Eesti_Vabariigi_Tartu_Ulikool, lk 22
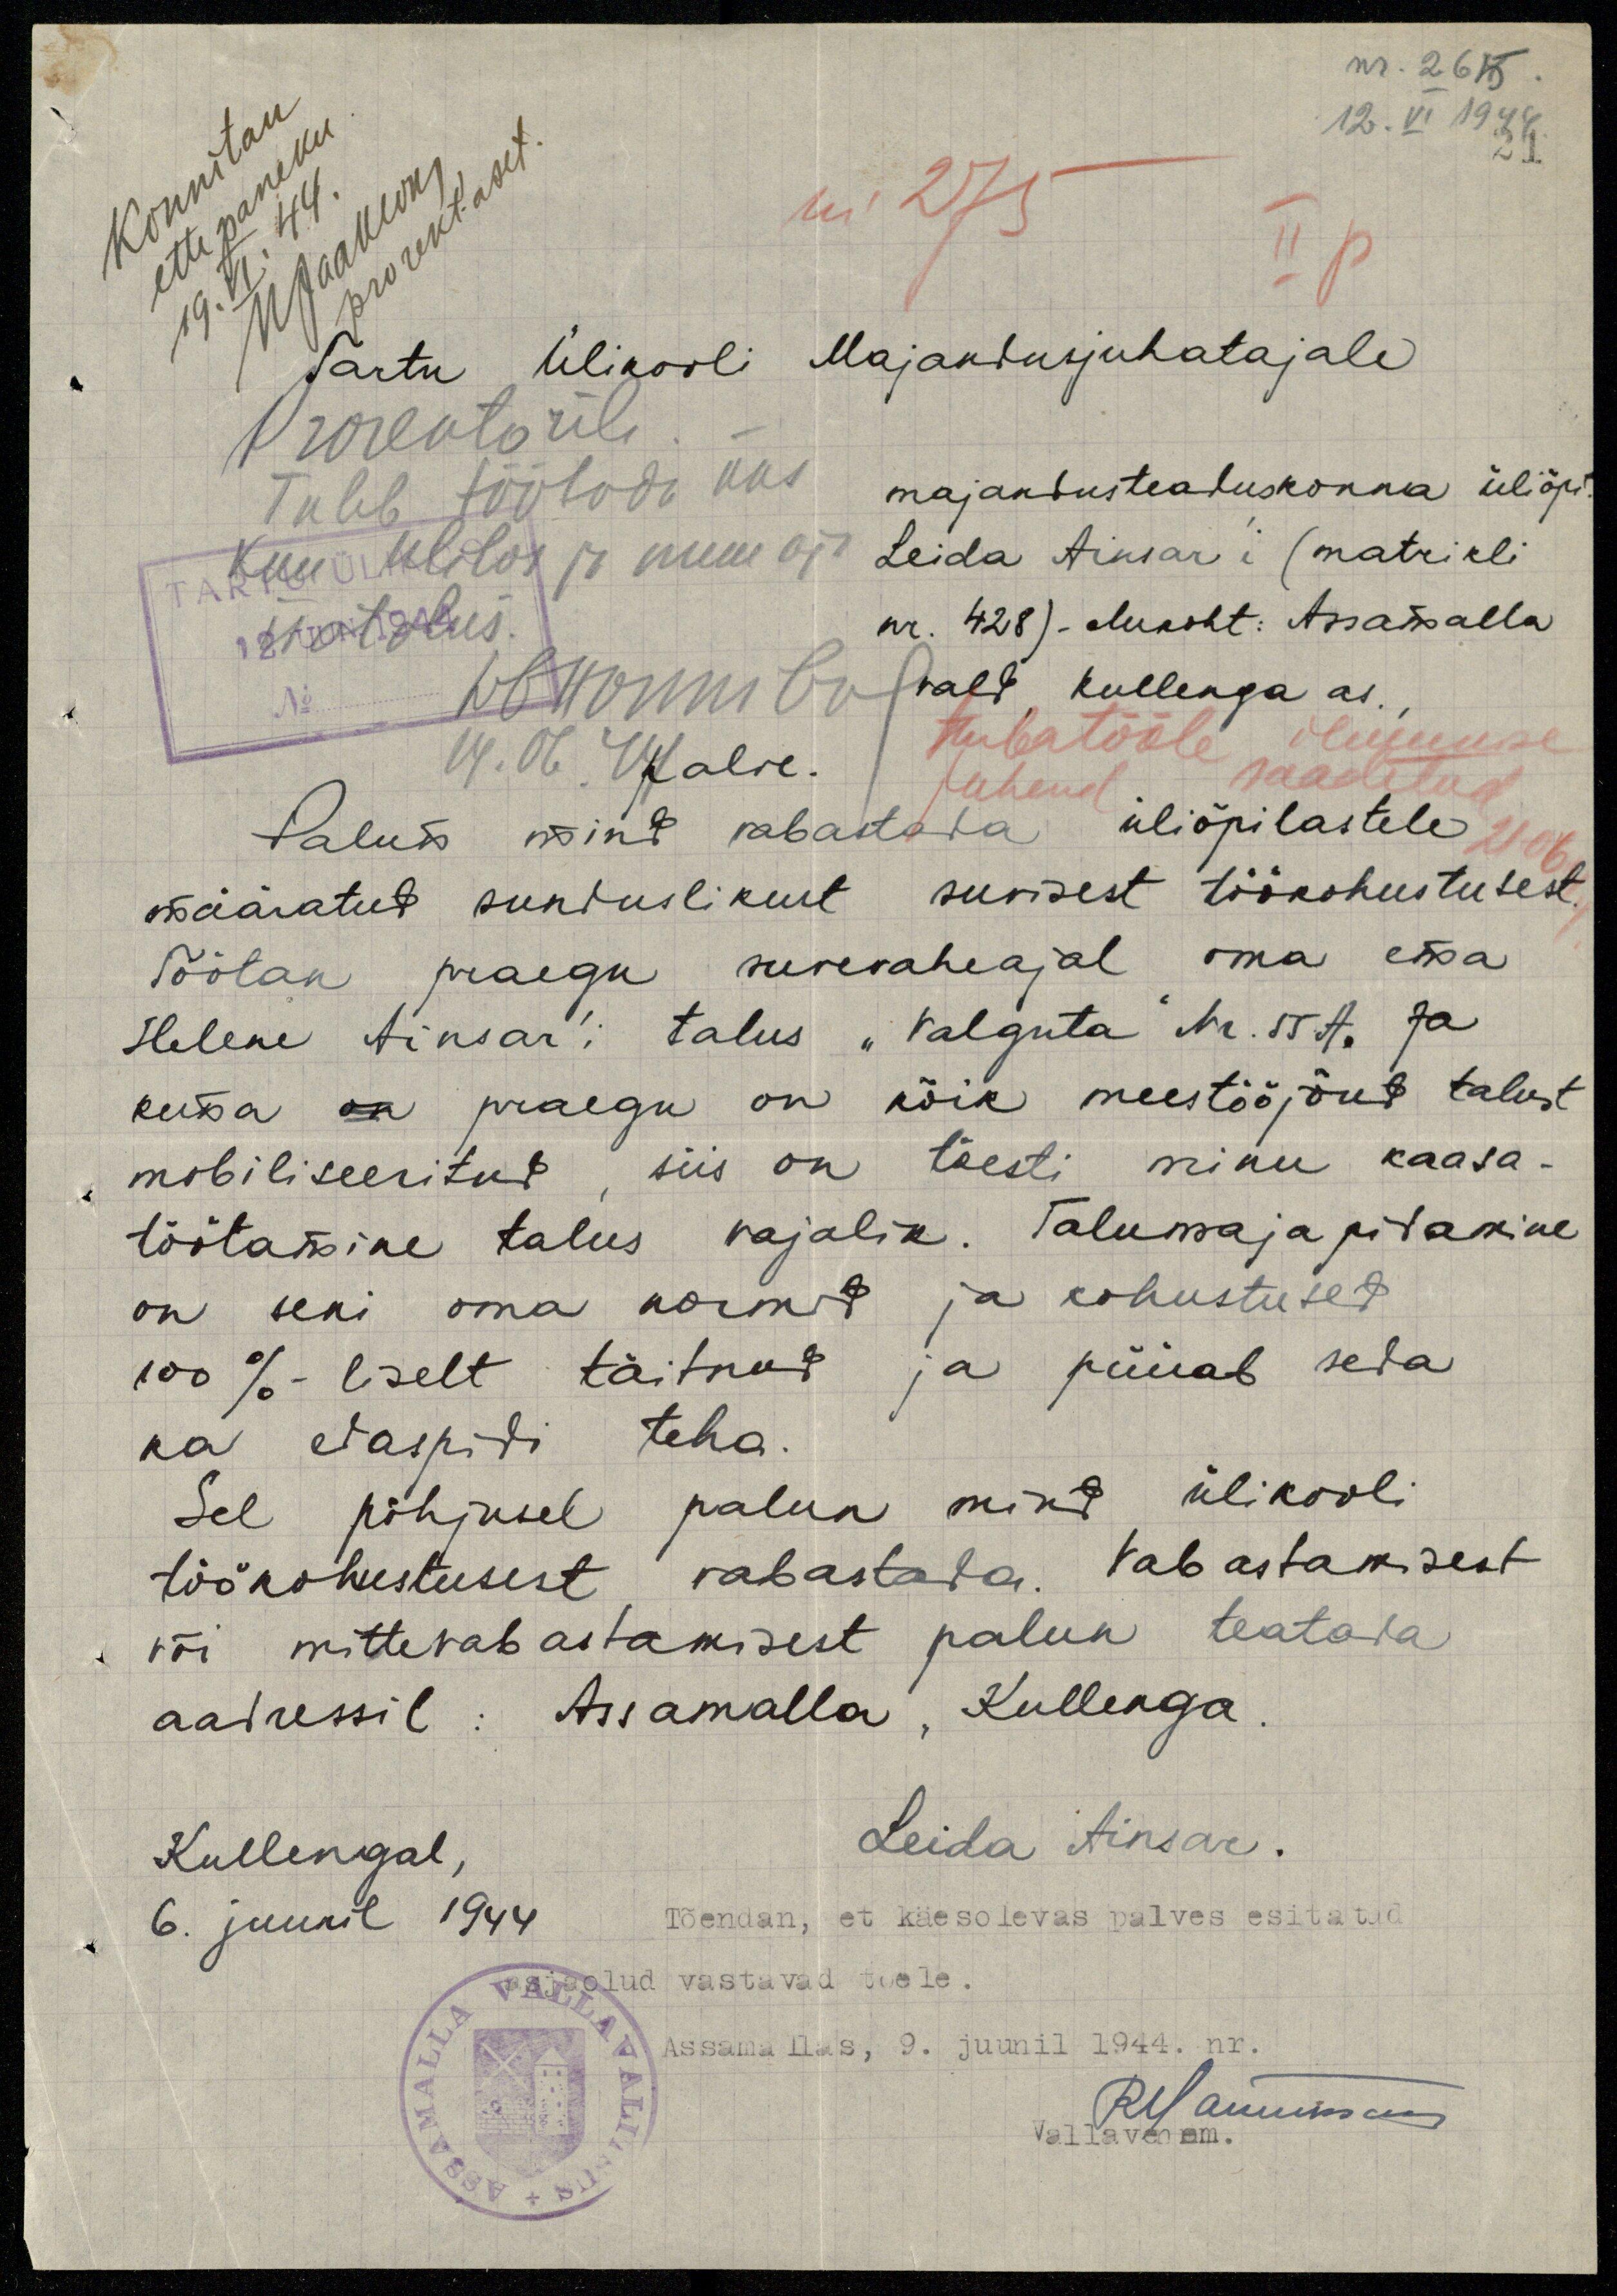
nr. 265.
12. VI. 1944
21
Kinnitan
ettepaneku
prorekt.aset.
19.VI.44.
nr. 275
II p
NJaakson
Prorektorile
Tuleb töötada üks
kuu Ulilas ja muu aja
isatalus.
WF.Hannibal
turbatööle ilmumise
14.06.44
Tartu Ülikooli Majandusjuhatajale
majandusteaduskonna üliõpi-
Leida Ainsar´i (matrikli
nr. 428) -elukoht: Assamalla
vald, Kullenga as
palve.
juhend saadetud
Palun mind vabastada üliõpilastele
määratud sunduslikust suvisest töökohustusest.
Töötan praegu suvevaheajal oma ema
Helene Ainsar´i talus "Valguta" Nr. 55 A. Ja
kuna on praegu on kõik meestööjõud talust
mobiliseeritud siis on tõesti minu kaasa-
töötamine talus vajalik. Talumajapidamine
on seni oma normid ja kohustused
100 %-liselt täitnud ja püüab seda
ka edaspidi teha.
Sel põhjusel palun mind ülikooli
töökohustusest vabastada. Vabastamisest
või mittevabastamisest palun teatada
aadressil: Assamalla, Kullenga.
Leida Ainsar.
Kullengal,
6. juunil 1944
Tõendan, et käesolevas palves esitatud
asjaolud vastavad tõele.
Assama llas, 9. juunil 1944. nr.
Rblanuusaes
Vallavanem.